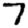
Digit: 7